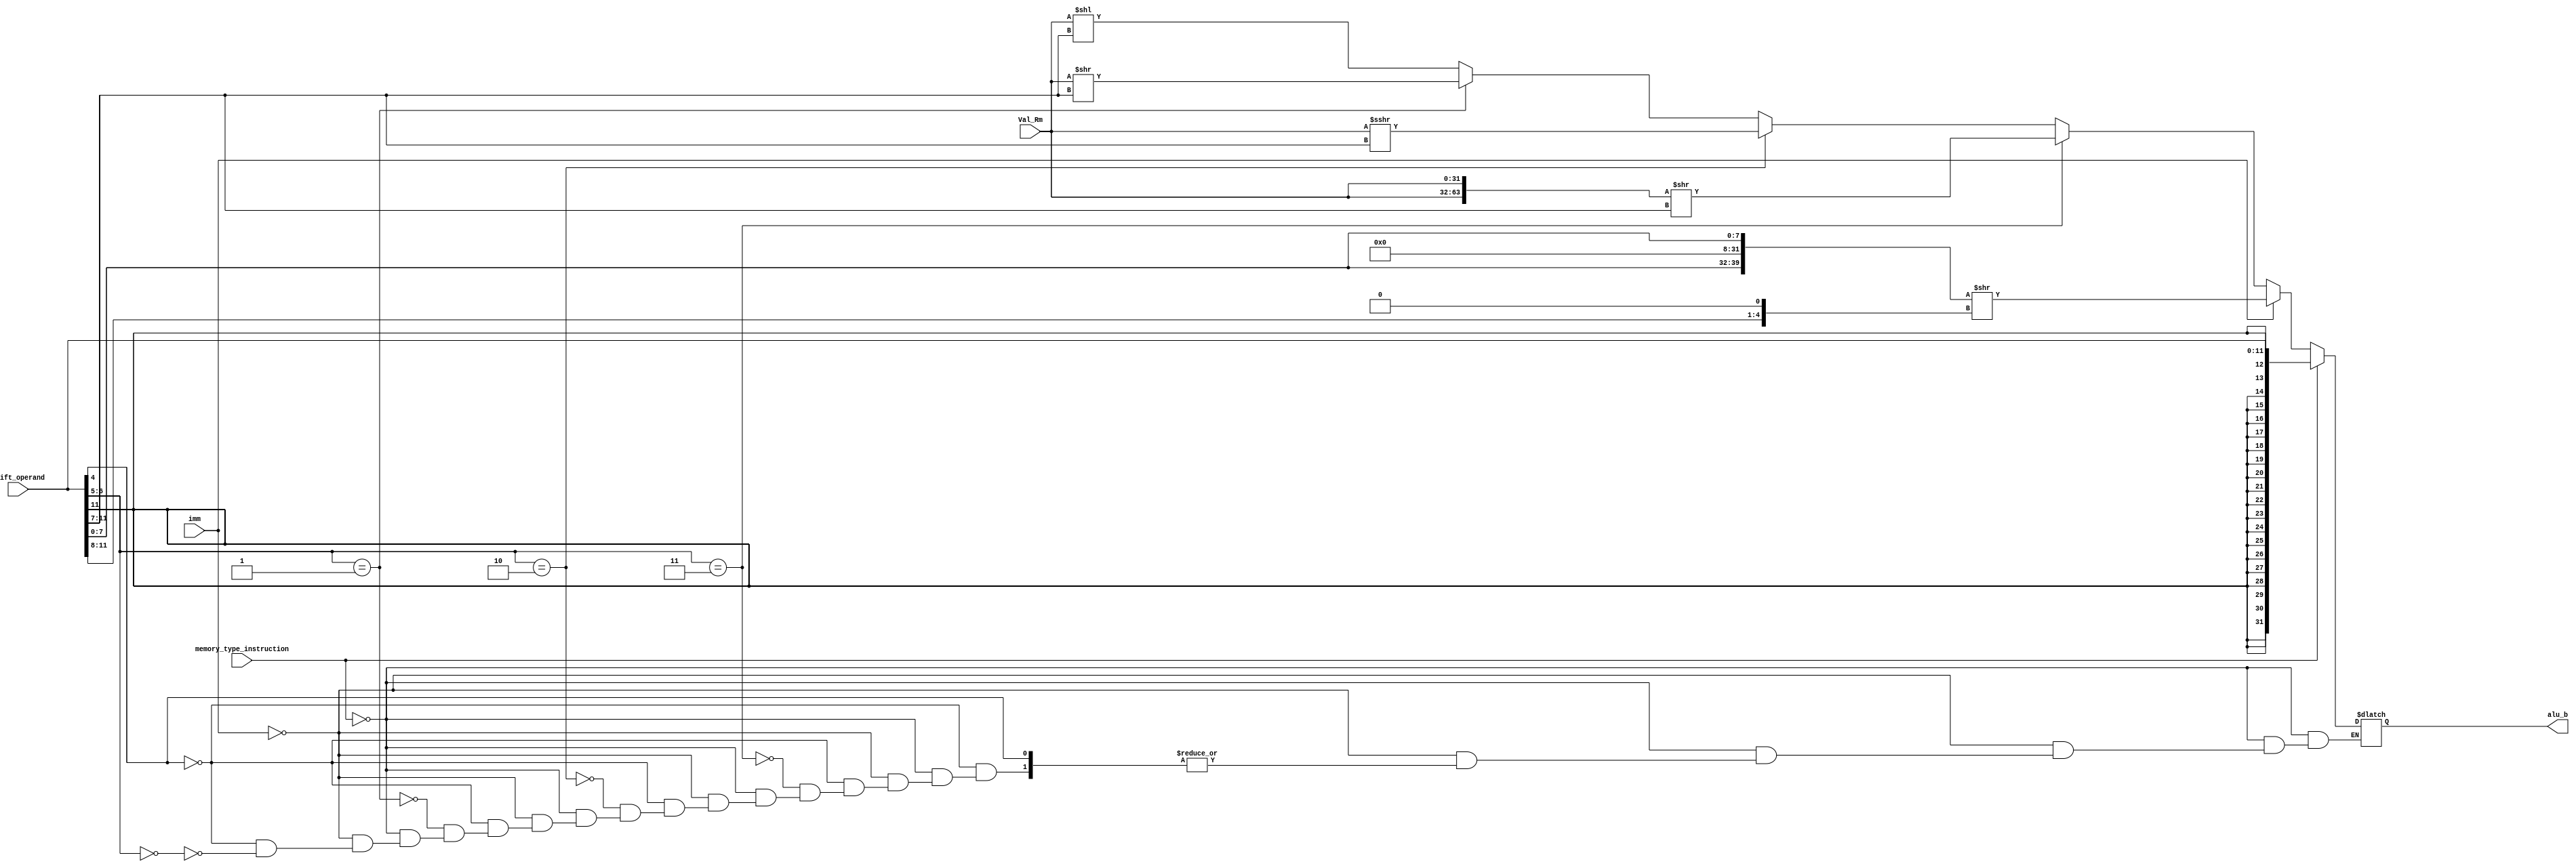
module Shifter(input [31:0] Val_Rm,
               input [11:0] Shift_operand,
               input imm,memory_type_instruction,
               output reg [31:0] alu_b);
      
  reg [4:0] rotate_imm;
  reg [39:0] immed,first_pre_value;
  reg [63:0] second_pre_value;
  
  always@(*)begin
    if(memory_type_instruction)
      alu_b={{20{Shift_operand[11]}},Shift_operand};
    else if(imm) begin
      rotate_imm={Shift_operand[11:8],1'b0};
      first_pre_value = {Shift_operand[7:0],24'b000000000000000000000000,Shift_operand[7:0]}>>rotate_imm;
      alu_b=first_pre_value[31:0];
    end
    else if(Shift_operand[4]==0) begin
      if(Shift_operand[6:5]==2'b00)
        alu_b=Val_Rm<<Shift_operand[11:7];
      if(Shift_operand[6:5]==2'b01)
        alu_b=Val_Rm>>Shift_operand[11:7];
      if(Shift_operand[6:5]==2'b10)
        alu_b=Val_Rm>>>Shift_operand[11:7];
      if(Shift_operand[6:5]==2'b11) begin
        second_pre_value={Val_Rm,Val_Rm}>>Shift_operand[11:7];
        alu_b=second_pre_value[31:0];
      end
    end
  end 
endmodule